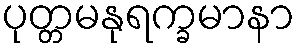
ပုတ္တမနုရက္ခမာနာ